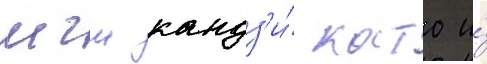
мгш кандз'и́ като и́